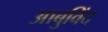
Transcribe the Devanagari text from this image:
आबुविंद